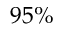
9 5 \%